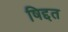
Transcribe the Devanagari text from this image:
षिद्दत